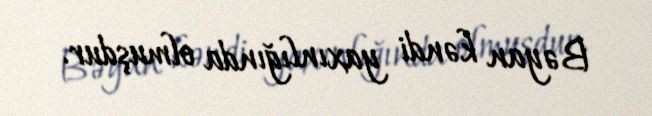
Bəyan kəndi yaxınlığında olmuşdur.